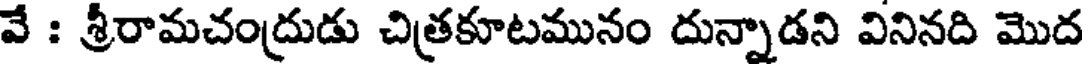
వే : శ్రీరామచంద్రుడు చిత్రకూటమునం దున్నాడని వినినది మొద